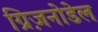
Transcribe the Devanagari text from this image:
ग्रिज़नोडेल